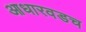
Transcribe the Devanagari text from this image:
आधारवडच